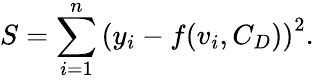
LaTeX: S=\sum_{i=1}^{n}\left(y_{i}-f(v_{i},C_{D})\right)^{2}.